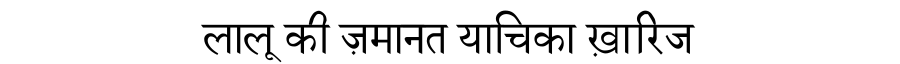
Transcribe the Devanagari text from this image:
लालू की ज़मानत याचिका ख़ारिज